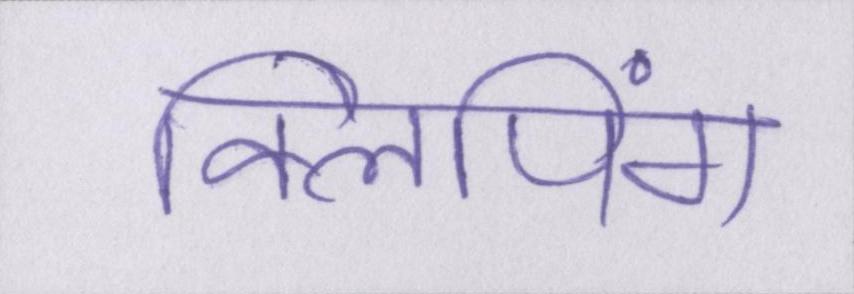
क्लिपिंग